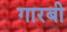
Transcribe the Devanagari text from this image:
गारबी